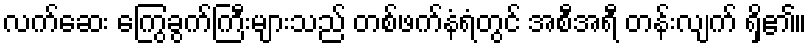
လက်ဆေး ကြွေခွက်ကြီးများသည် တစ်ဖက်နံရံတွင် အစီအရီ တန်းလျက် ရှိ၏။